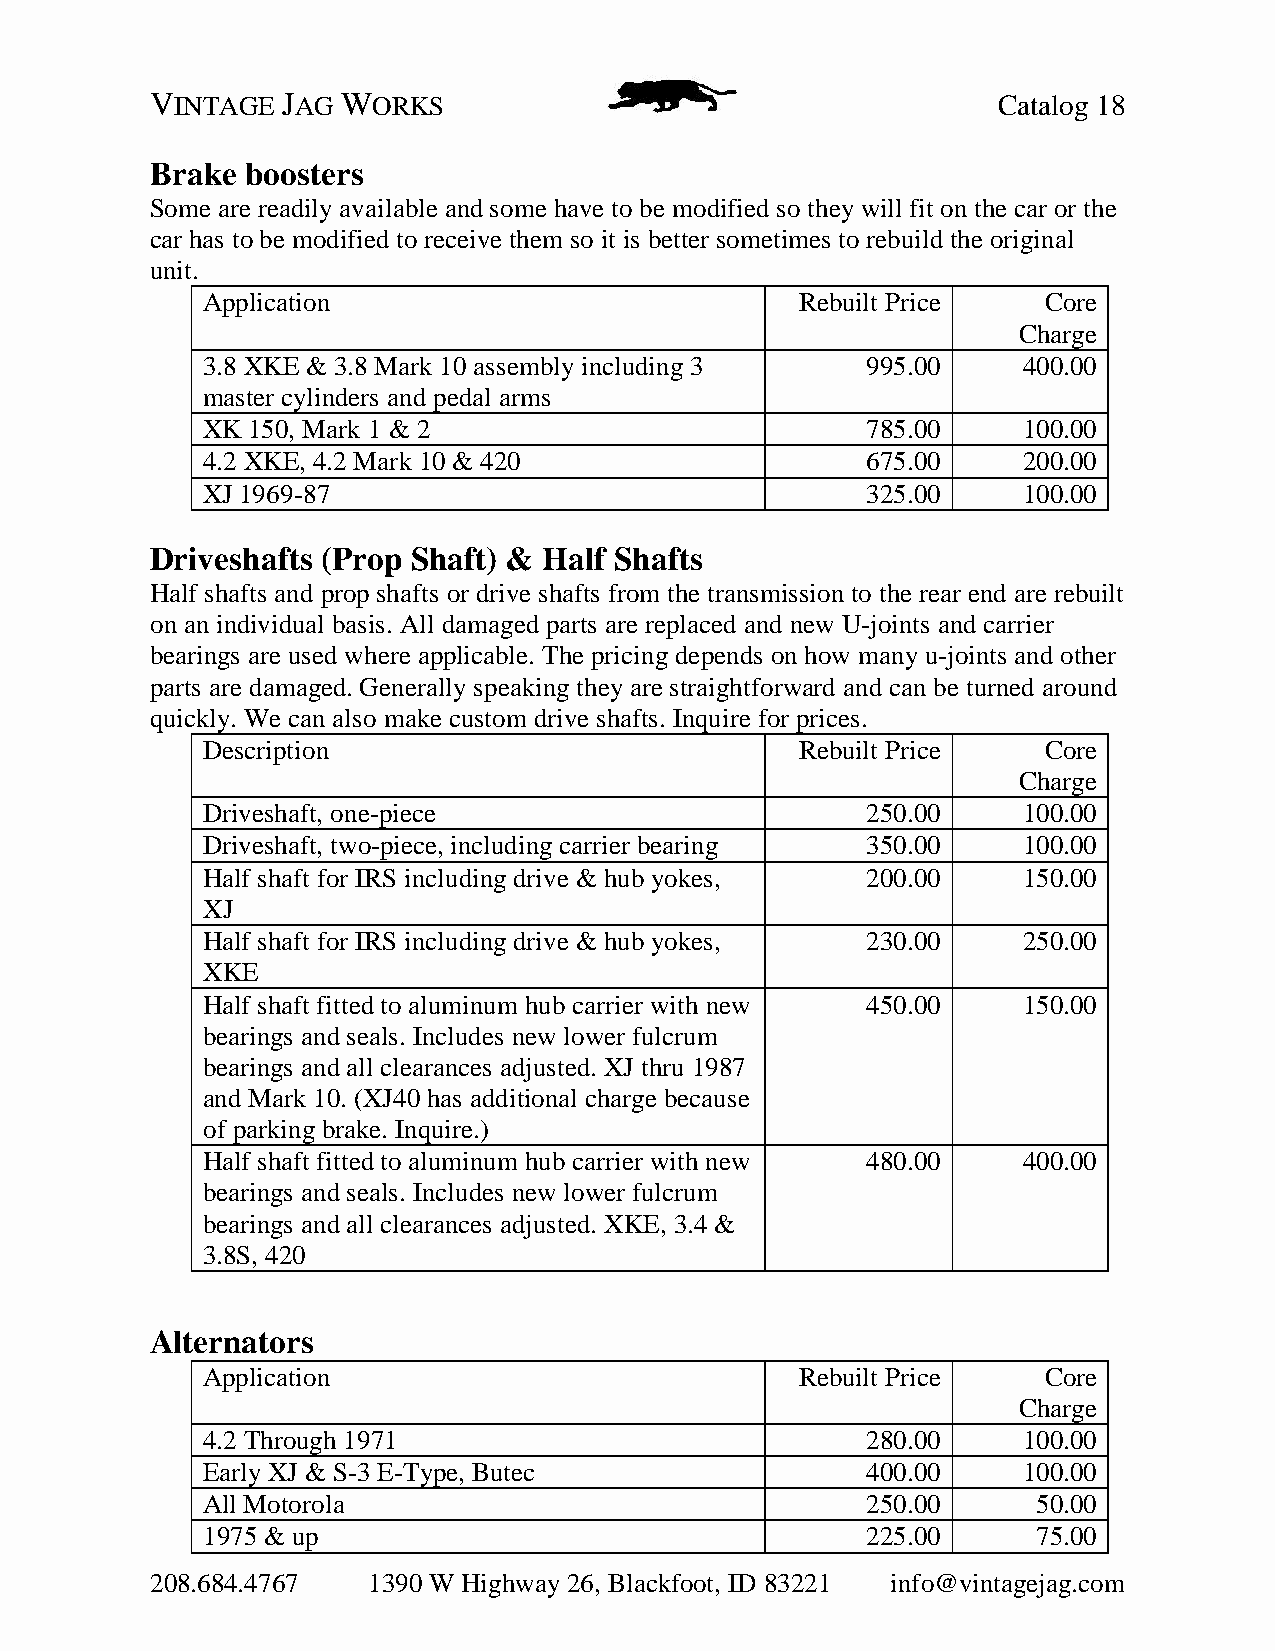
VINTAGE  JAG WORKS                                      Catalog 18
 Brake boosters
 Some are readily available and some have to be modified so they will fit on the car or the
 car has to be modified to receive them so it is better sometimes to rebuild the original
 unit.
 Application                             Rebuilt Price   Core
 Charge
 3.8 XKE & 3.8 Mark 10 assembly including 3  995.00     400.00
 master cylinders and pedal arms
 XK 150, Mark 1 & 2                          785.00     100.00
 4.2 XKE, 4.2 Mark 10 & 420                  675.00     200.00
 XJ 1969-87                                  325.00     100.00
 Driveshafts (Prop Shaft) & Half Shafts
 Half shafts and prop shafts or drive shafts from the transmission to the rear end are rebuilt
 on an individual basis. All damaged parts are replaced and new U-joints and carrier
 bearings are used where applicable. The pricing depends on how many u-joints and other
 parts are damaged. Generally speaking they are straightforward and can be turned around
 quickly. We can also make custom drive shafts. Inquire for prices.
 Description                             Rebuilt Price   Core
 Charge
 Driveshaft, one-piece                       250.00     100.00
 Driveshaft, two-piece, including carrier bearing 350.00 100.00
 Half shaft for IRS including drive & hub yokes, 200.00 150.00
 XJ
 Half shaft for IRS including drive & hub yokes, 230.00 250.00
 XKE
 Half shaft fitted to aluminum hub carrier with new 450.00 150.00
 bearings and seals. Includes new lower fulcrum
 bearings and all clearances adjusted. XJ thru 1987
 and Mark 10. (XJ40 has additional charge because
 of parking brake. Inquire.)
 Half shaft fitted to aluminum hub carrier with new 480.00 400.00
 bearings and seals. Includes new lower fulcrum
 bearings and all clearances adjusted. XKE, 3.4 &
 3.8S, 420
 Alternators
 Application                             Rebuilt Price   Core
 Charge
 4.2 Through 1971                            280.00     100.00
 Early XJ & S-3 E-Type, Butec                400.00     100.00
 All Motorola                                250.00      50.00
 1975 & up                                   225.00      75.00
 208.684.4767  1390 W Highway 26, Blackfoot, ID 83221 info@vintagejag.com